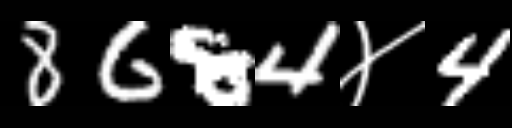
Text: 8684४4